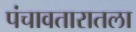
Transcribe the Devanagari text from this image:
पंचावतारातला